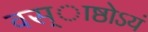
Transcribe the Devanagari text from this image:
वस्ाष्ठोऽयं